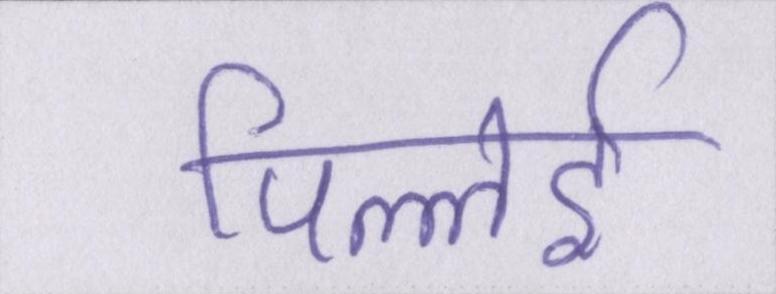
पिल्लई